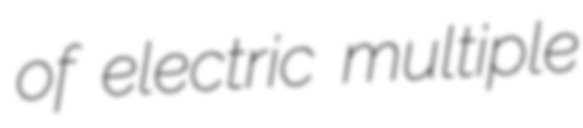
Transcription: of electric multiple